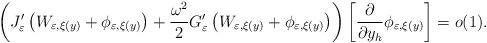
LaTeX: \begin{align*}\left( J_{\varepsilon}^{\prime}\left( W_{\varepsilon,\xi(y)}+\phi_{\varepsilon,\xi(y)}\right) +\frac{\omega^{2}}{2}G_{\varepsilon}^{\prime}\left( W_{\varepsilon,\xi(y)}+\phi_{\varepsilon,\xi(y)}\right) \right)\left[ \frac{\partial}{\partial y_{h}}\phi_{\varepsilon,\xi(y)}\right]=o(1). \end{align*}